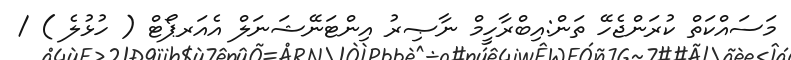
މަސައްކަތް ކުރަންޖެހޭ ތަން:އިބްރާހީމް ނާޞިރު އިންޓަނޭޝަނަލް އެއަރޕޯޓް ( ހުޅުލެ ) /